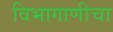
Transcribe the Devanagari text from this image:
विभागाणीचा